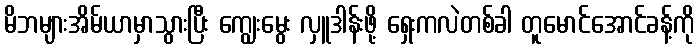
မိဘများအိမ်ယာမှာသွားပြီး ကျွေးမွေး လှူဒါန်းဖို့ ရှေးကလဲတစ်ခါ တူမောင်အောင်ခန့်ကို